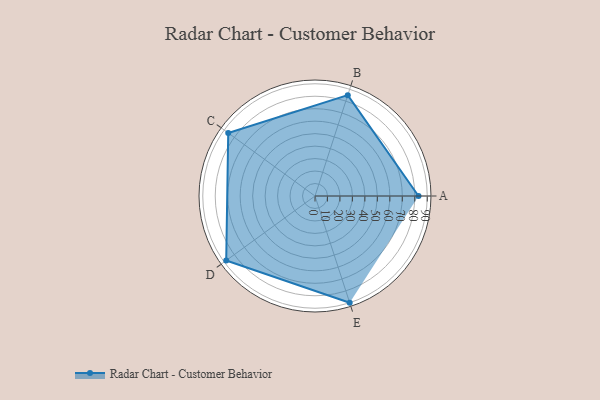
{"axis": {"x": "Skill", "y": "Score"}, "legend": ["Profile"], "data": [{"x": "A", "y": 83.0, "type": "Profile"}, {"x": "B", "y": 85.0, "type": "Profile"}, {"x": "C", "y": 86.0, "type": "Profile"}, {"x": "D", "y": 88.0, "type": "Profile"}, {"x": "E", "y": 90.0, "type": "Profile"}]}